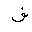
Letter: _fa